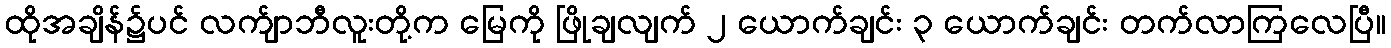
ထိုအချိန်၌ပင် လက်ျာဘီလူးတို့က မြေကို ဖြိုချလျက် ၂ ယောက်ချင်း ၃ ယောက်ချင်း တက်လာကြလေပြီ။